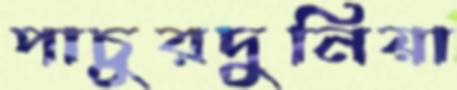
পাচুরদুনিয়া